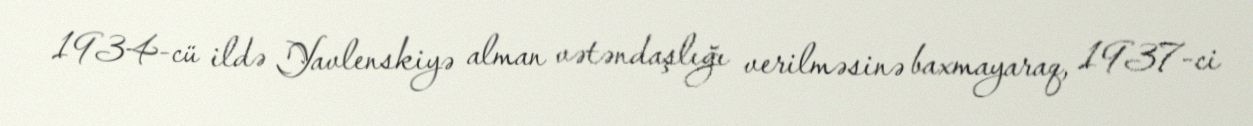
1934-cü ildə Yavlenskiyə alman vətəndaşlığı verilməsinə baxmayaraq, 1937-ci